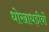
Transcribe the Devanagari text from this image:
धोखाधड़ीयों